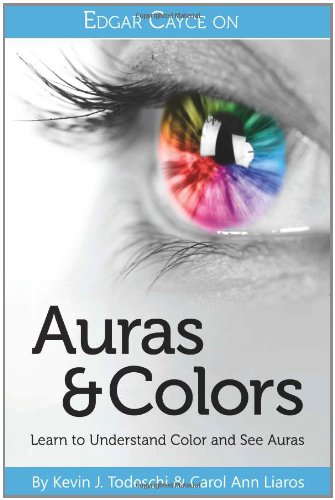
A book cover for Edgar Cayce on Auras & Colors; Kevin J Todeschi; Religion & Spirituality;